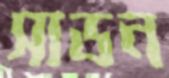
সাডন